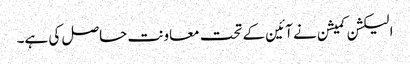
الیکشن کمیشن نے آئین کے تحت معاونت حاصل کی ہے۔